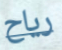
رياح